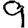
Digit: 9